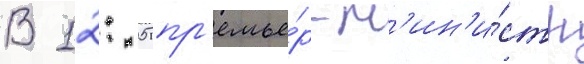
В 12: 05 пр'емье́р-м'ин'и́стр